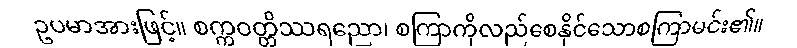
ဥပမာအားဖြင့်။ စက္ကဝတ္တိဿရညော၊ စကြာကိုလည်စေနိုင်သောစကြာမင်း၏။